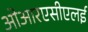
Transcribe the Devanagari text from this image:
ओआरएसीएलई